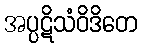
အပ္ပဋိသံဝိဒိတေ